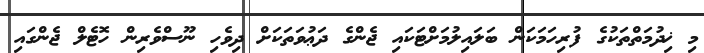
މި ޚިދުމަތްތަކުގެ ފުރިހަމަކަން ބަލައިލުމަށްޓަކައި ޖެންގެ ދަޢުވަތަކަށް ދިވެހި ނޫސްވެރިން ހޮޓެލް ޖެންގައި